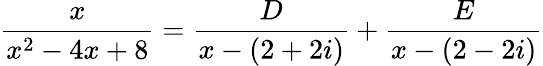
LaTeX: {\frac{x}{x^{2}-4x+8}}={\frac{D}{x-(2+2i)}}+{\frac{E}{x-(2-2i)}}